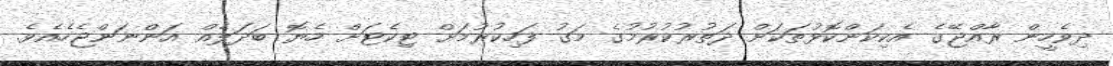
ދިވެހީން ރާއްޖޭގެ އެކިކަންކޮޅުތަކަށް ދަތުރުކުރުމުގެ މަގު ފަހިކުރުމަށް ޓިކެޓަށް ހެޔޮ ބަދަލެއް އަންނަންޖެހެއެވެ.